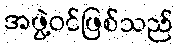
အဖွဲ့ဝင်ဖြစ်သည်